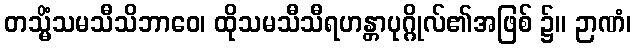
တသ္မိံသမသီသိဘာဝေ၊ ထိုသမသီသီရဟန္တာပုဂ္ဂိုလ်၏အဖြစ် ၌။ ဉာဏံ၊